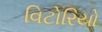
વિટોરિયો